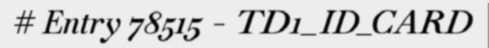
# Entry 78515 - TD1_ID_CARD